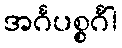
အင်္ဂပစ္စင်္ဂါ